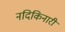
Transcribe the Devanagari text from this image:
नदिकिनारी